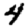
Digit: 4